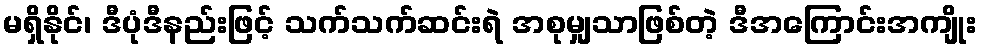
မရှိနိုင်၊ ဒီပုံဒီနည်းဖြင့် သက်သက်ဆင်းရဲ အစုမျှသာဖြစ်တဲ့ ဒီအကြောင်းအကျိုး